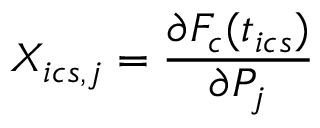
X _ { i c s , j } = \frac { \partial F _ { c } ( t _ { i c s } ) } { \partial P _ { j } }